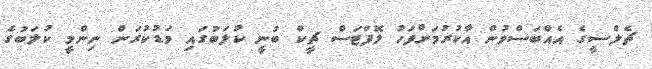
ޗެލްސީގެ އެއްބަސްވުން އާކުރުމަށްފަހު ލޮފްޓަސް ޗީކް ބުނީ ކުލަބުގައި މަޑުކުރަން ނިންމީ ކުލަބުގެ